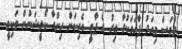
ދުވަސް މިއަދު ފާހަގަކުރާ އިރު އެ ޕާޓީ ވެރިކަން ހިންގާ ކޯލީޝަނުން ވަކިވީ